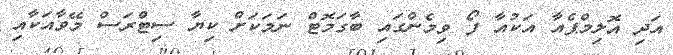
އަދި އޮލިމްޕެއާ އަކުއާ ފޯ ވިމެންގައި ބާގަމޮޓް ނަމަކަށް ކިޔާ ސިޓްރަސް މޭވާއަކާއި